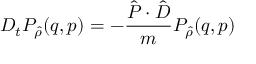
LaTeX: D _ { t } P _ { \hat { \rho } } ( q , p ) = - \frac { \hat { P } \cdot \hat { D } } { m } P _ { \hat { \rho } } ( q , p )